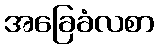
အခြေခံလစာ